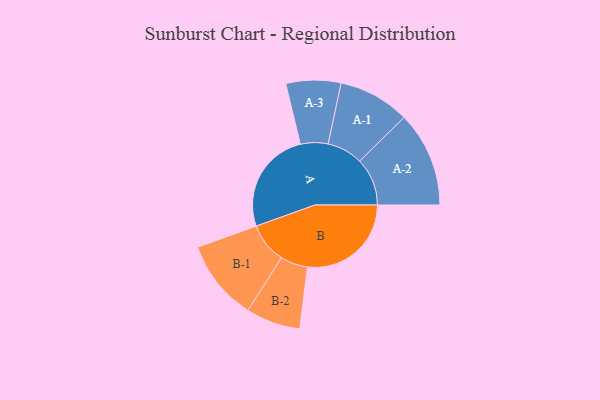
{"axis": {"x": "Segment", "y": "Value"}, "legend": ["", "A", "B"], "data": [{"x": "A", "y": 484, "type": ""}, {"x": "B", "y": 488, "type": ""}, {"x": "A-1", "y": 168, "type": "A"}, {"x": "A-2", "y": 224, "type": "A"}, {"x": "A-3", "y": 129, "type": "A"}, {"x": "B-1", "y": 190, "type": "B"}, {"x": "B-2", "y": 128, "type": "B"}]}